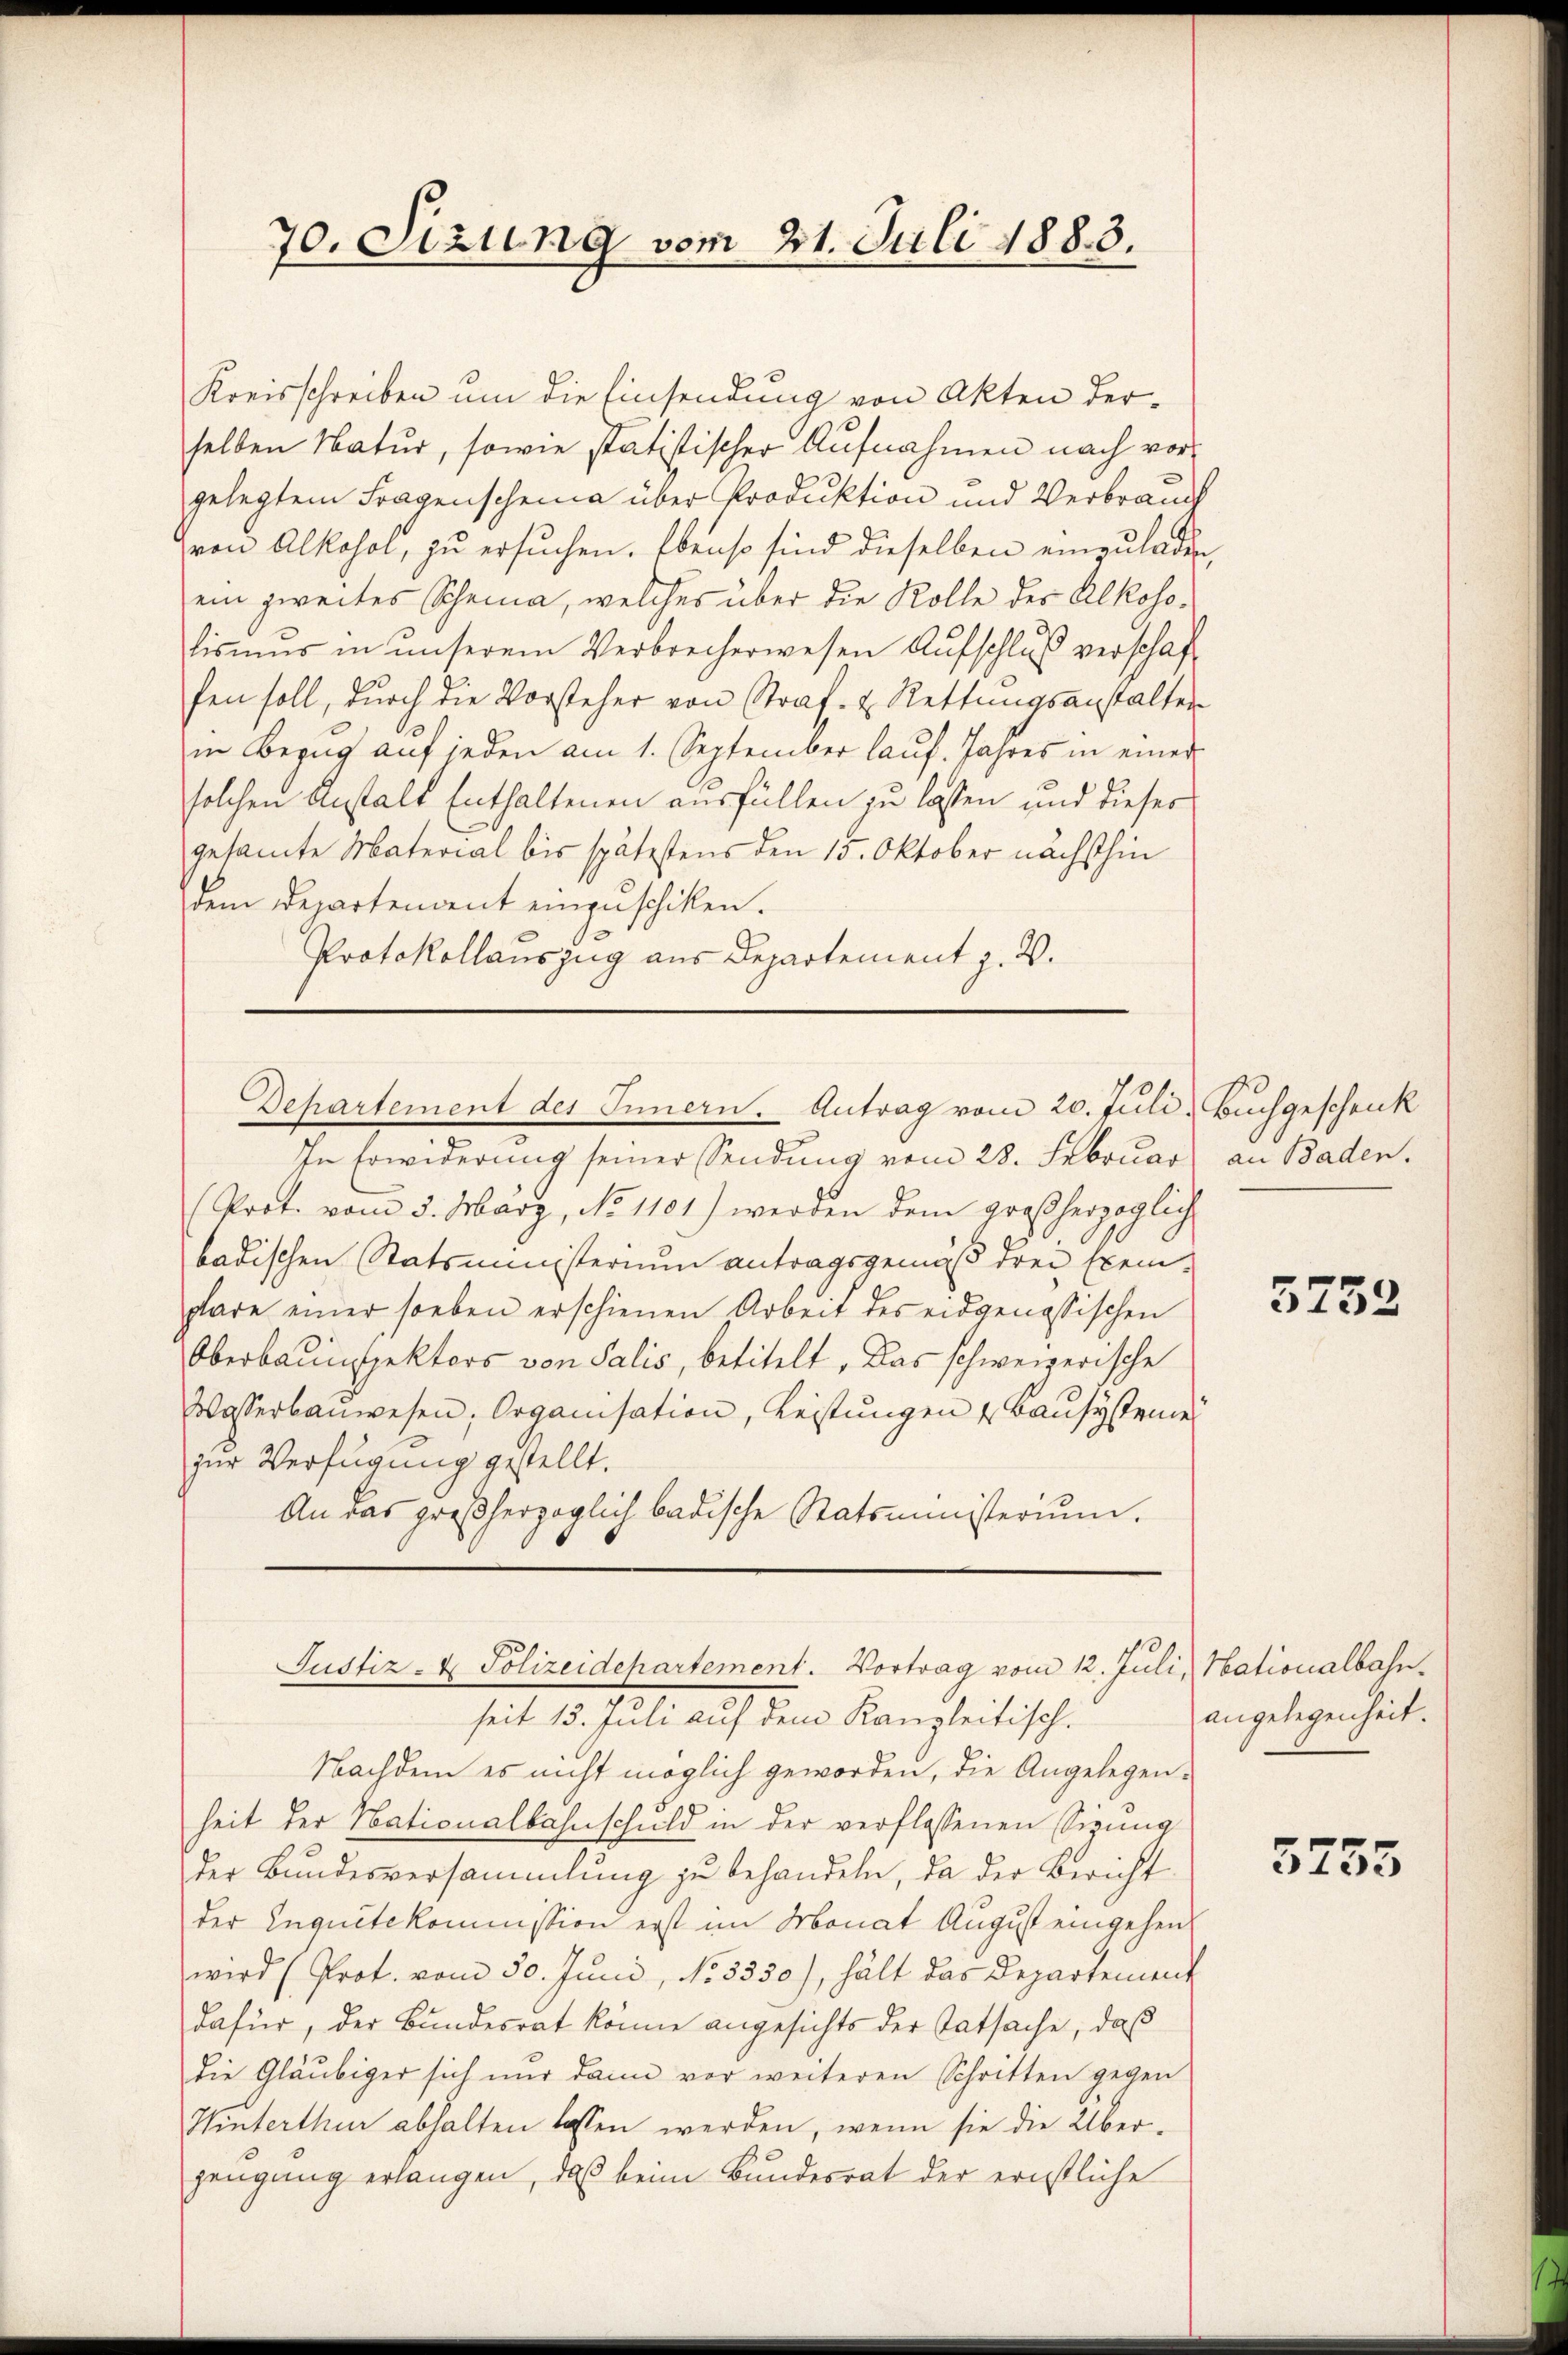
Kreisschreiben um die Einsendung von Akten derselben Natur, sowie statistischer Aufnahmen nach vorgelegtem Fragenscheina über Produktion und Verbrauch
von Alkohol, zu ersuchen. Ebenso sind dieselben einzuladen,
ein zweites Scheina, welches über die Rolle der Alkoholismus in unserem Verbrecherwesen Aufschluß verschaffen soll, durch die Vorsteher von Straf- & Rettungsanstalter
in Bezug auf jeden am 1. September laŭf. Jahres in einer
solchen Anstalt Enthaltenen ausfüllen zu lassen und dieser
gesamte Material bis spätestens den 15. Oktober nächsthin
dem Departendent einzuschiken.
Protokollauszug aus Departement z. B.

70. Sizung vom 21. Juli 1883.

In Erwiderung seiner Sendung vom 28. Februar an Baden.
(Prot. vom 5. März, No 1101) werden dem großherzoglich
badischen Statsministerium antragsgemäß drei Exemplare einer soeben erschienen Arbeit des eidgenössischen
Oberbauinspektors von Salis, betitelt. Das schweizerische
Wasserbauwesen; Organisation, Leistungen & Bausysteme
zur Verfügung gestellt.
An das großherzoglich badische Statsministerium.

Departement des Innern. Antrag vom 20. Juli, Buchgeschenk

Justiz- & Polizeidepartement. Vortrag vom 12. Juli, Nationalbahn

seit 13. Juli auf dem Kanzleitisch.
Nachdem es nicht möglich geworden, die Angelegenheit der Nationalbahnschuld in der verflossenen Sizung
Der Bundesversammlung zu behandeln, da der Bericht
der Inquetekommission erst im Monat August eingehen
wird (Prot. vom 30. Juni, No. 5330), hält das Departement
dafür, der Bundesrat könne angesichts der Tatsache, daß
die Gläubiger sich nur dann vor weiteren Schritten gegen
Hinterthur abhalten lassen werden, wenn sie die Über-
zeugung erlangen, daß beim Bundesrat der ernstliche

5752

angelegenheit.

3755